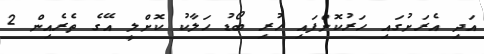
އަދި އެރަށުގައި ހަރުކޮށްފައި ހުރި ބޯޑު ހަލާކު ކޮށްލީ އޭގެ ތެރެއިން 2